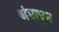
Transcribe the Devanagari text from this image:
अंधाधुन